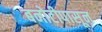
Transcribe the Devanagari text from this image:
बनोटीपासून